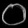
Digit: ၀